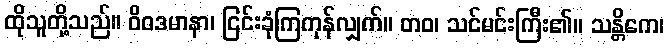
ထိုသူတို့သည်။ ဝိဝဒမာနာ၊ ငြင်းခုံကြကုန်လျှက်။ တဝ၊ သင်မင်းကြီး၏။ သန္တိကေ၊